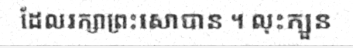
ដែលរក្សាព្រះសោបាន ។ លុះក្បួន